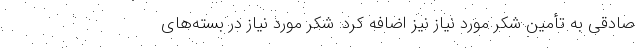
صادقی به تأمین شکر مورد نیاز نیز اضافه کرد: شکر مورد نیاز در بسته‌های